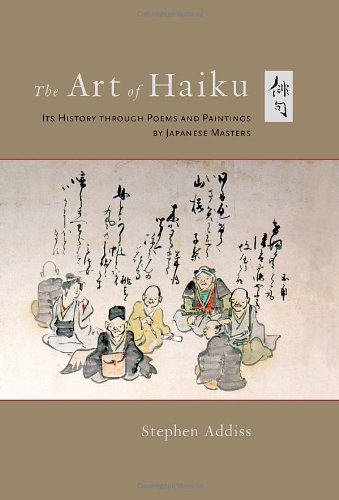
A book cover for The Art of Haiku: Its History through Poems and Paintings by Japanese Masters; Stephen Addiss; Literature & Fiction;